system: You are a helpful assistant.
user:
Analyze the provided spectrum to determine if it is a **S-type Star**.

- **Key Indicators for S-type Star:**

    - **(Overall Spectrum Shape):** The first and most obvious characteristic is the overall continuum (the "baseline" shape). It is **extremely "red-sloping,"** meaning the flux (light intensity) is very low on the left side (blue, ~4000-4500 Å) and rises steeply and continuously toward the right side (red, ~7000 Å+).

    - **(Primary):** The spectrum is defined by the presence of strong, broad molecular absorption "valleys" (bands) from **Zirconium Oxide (ZrO)**. The identification of these bands is the **primary requirement** for classifying a star as S-type.
        - **(Key Bandheads):** You must find distinct, deep "dips" where the light has been absorbed. The most critical band systems to locate are:
            - **~6474 Å** ($\gamma$-system): This is often the strongest and clearest ZrO feature, found in the red part of the spectrum.
            - **~5718 Å** & **~5551 Å** ($\beta$-system): A pair of prominent absorption features in the yellow-orange part of the spectrum.
            - **~4640 Å** ($\alpha$-system): A key absorption band system in the blue-green region of the spectrum.

    - **(Secondary Confirmation):** The classification is strengthened by finding additional absorption bands from other related heavy element oxides, which are expected to be present alongside ZrO.
        - **(Key Bandheads):**
            - **Yttrium Oxide (YO):** Look for absorption dips near **~4800 Å** and **~6100 Å**.
            - **Lanthanum Oxide (LaO):** Additional absorption features, particularly in the red-orange part of the spectrum, are also characteristic.

    - **(Line Profile):** The combination of the steep red continuum and these numerous, deep molecular bands (ZrO, YO, etc.) gives the entire spectrum a very **"chopped-up"** or **"bumpy"** appearance. Instead of a smooth curve, the spectrum looks as though large, wide chunks of light have been "carved out" of it at the specific wavelengths listed above.

Think first, call **spectral_visualization_tool** if needed to examine features in detail, then provide your final answer. Your response must adhere to the following strict rules:
1.  **Overall Structure:** Your response must follow the format `<think>...</think> <tool_call>...</tool_call> (if a tool is used) <answer>...</answer>`.
2.  **Tool Usage Constraint:** You may only make **one** tool call per turn.
3.  **Final Answer Format:** In the `<answer>` tag, your conclusion must be inside a `\boxed{}` command (e.g., `\boxed{YES}` or `\boxed{NO}`), followed by your justification.

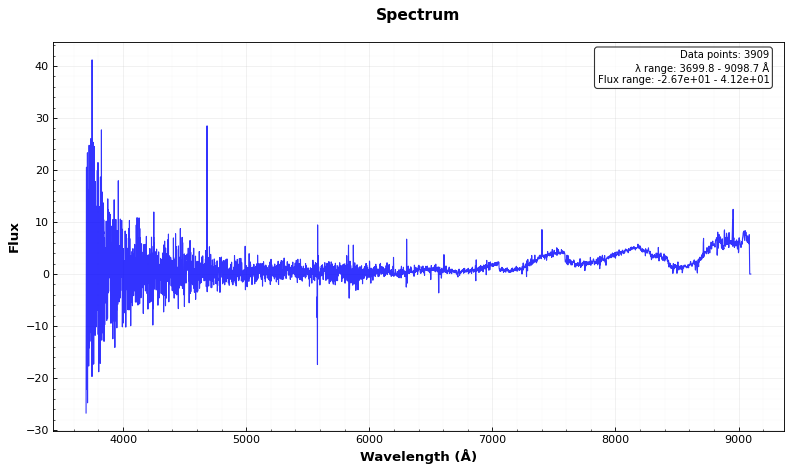
Answer: NO